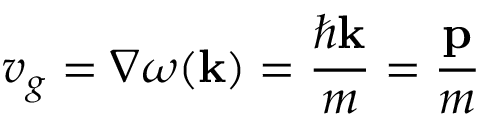
v _ { g } = \nabla \omega ( \mathbf { k } ) = { \frac { \hbar \mathbf { k } } { m } } = { \frac { \mathbf { p } } { m } }